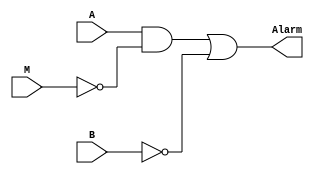
module Alarme(A, M, B, Alarm);

    input A, M, B;
    output Alarm;
	 
    not Not0(m_barrado, M);
	 not Not1(b_barrado, B);
	 
	 and And0(Alarm0, A, m_barrado);
	 or Or0(Alarm, Alarm0, b_barrado);
	 
endmodule